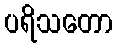
ပရိသတော